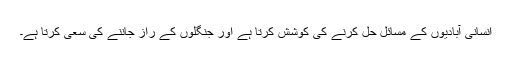
انسانی آبادیوں کے مسائل حل کرنے کی کوشش کرتا ہے اور جنگلوں کے راز جاننے کی سعی کرتا ہے۔